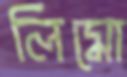
লিমো